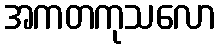
အကတကုသလော